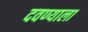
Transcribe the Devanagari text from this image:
दवण्याला